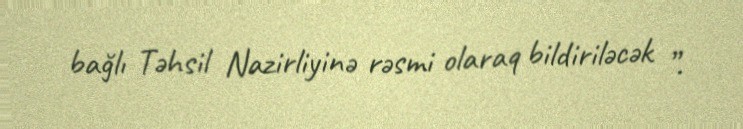
bağlı Təhsil Nazirliyinə rəsmi olaraq bildiriləcək ”.